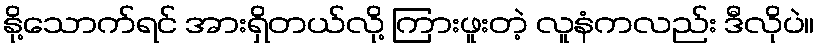
နို့သောက်ရင် အားရှိတယ်လို့ ကြားဖူးတဲ့ လူနံကလည်း ဒီလိုပဲ။